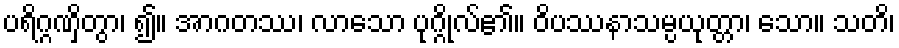
ပရိဂ္ဂဏှိတွာ၊ ၍။ အာဂတဿ၊ လာသော ပုဂ္ဂိုလ်၏။ ဝိပဿနာသမ္ပယုတ္တာ၊ သော။ သတိ၊